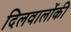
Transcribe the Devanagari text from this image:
दिलवालोंकी